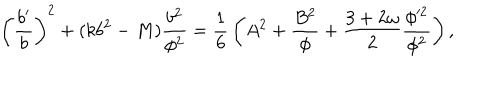
\left( { \frac { b ^ { \prime } } { b } } \right) ^ { 2 } + ( k b ^ { 2 } - M ) { \frac { b ^ { 2 } } { \phi ^ { 2 } } } = { \frac { 1 } { 6 } } \left( A ^ { 2 } + { \frac { B ^ { 2 } } { \phi } } + { \frac { 3 + 2 \omega } { 2 } } { \frac { \phi ^ { 2 } } { \phi ^ { 2 } } } \right) ,